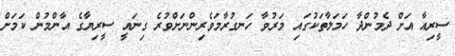
ސީރިއާ އަށް ދެމުންދާ ހަމަލާތަކުގައި މަރުވާ ހަނގުރާމަވެރިންނަށްވުރެ ގިނައީ ސީރިޔާގެ އާންމުން ކަމަށް